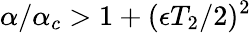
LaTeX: \alpha/\alpha_{c}>1+(\epsilon T_{2}/2)^{2}